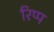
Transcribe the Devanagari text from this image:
रिप्प